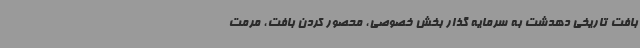
بافت تاریخی دهدشت به سرمایه گذار بخش خصوصی، محصور کردن بافت، مرمت